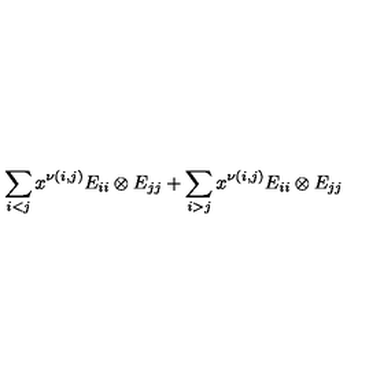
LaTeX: \sum _ { i < j } x ^ { \nu ( i , j ) } E _ { i i } \otimes E _ { j j } + \sum _ { i > j } x ^ { \nu ( i , j ) } E _ { i i } \otimes E _ { j j }